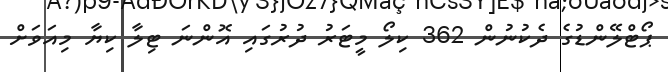
ޕޯޓްލޭންޑުގެ ދެކުނުން 362 ކިލޯ މީޓަރު ދުރުގައި އޮންނަ ޓިލާ ކިޔާ މިއަވަށް